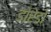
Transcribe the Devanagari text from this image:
डोरेडो